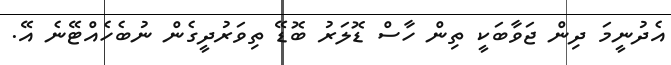
އެދުނީމަ ދިން ޖަވާބަކީ ތިން ހާސް ޑޮލަރު ބޮޑޭ ތިވަރުދީގެން ނުބެހެއްޓޭނެ އޭ.